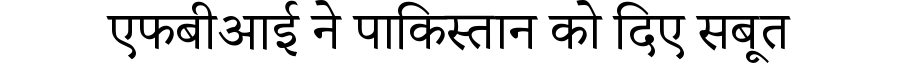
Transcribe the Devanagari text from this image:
एफबीआई ने पाकिस्तान को दिए सबूत